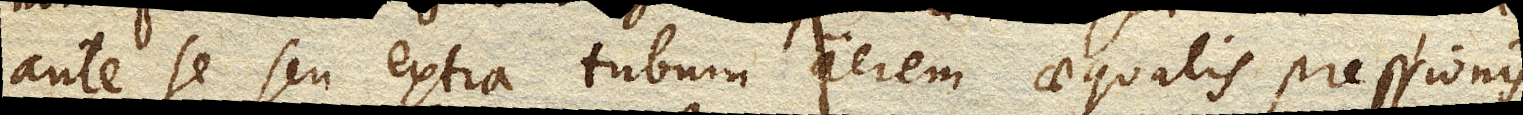
ante se seu extra tubum aerem aequalis pressionis